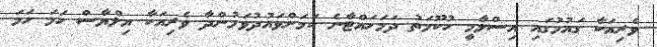
ވެރިއަކާ ގައުމުގައި އިސްލާމީ ހުކޫމަތު ދަމަހައްޓާނެ ކަމަށްވައުދުވަމުންދާ ވެރިއަކާ އިލްޔާސް ހަމަ ހަމަ